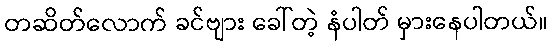
တဆိတ်လောက် ခင်ဗျား ခေါ်တဲ့ နံပါတ် မှားနေပါတယ်။